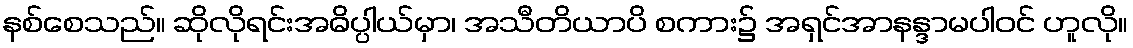
နစ်စေသည်။ ဆိုလိုရင်းအဓိပ္ပါယ်မှာ၊ အသီတိယာပိ စကား၌ အရှင်အာနန္ဒာမပါဝင် ဟူလို။